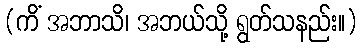
(ကိံ အဘာသိ၊ အဘယ်သို့ ရွတ်သနည်း။)